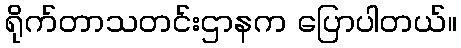
ရိုက်တာသတင်းဌာနက ပြောပါတယ်။